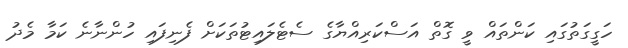
ހަގީގަތުގައި ކަންތައް ވީ ގޮތް އަސްކަރިއްޔާގެ ސެޓެލައިޓުތަކަށް ފެނިފައި ހުންނާނެ ކަމާ މެދު